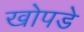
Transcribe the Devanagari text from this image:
खोपडे